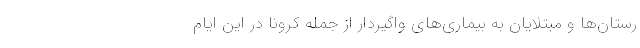
رستان‌ها و مبتلایان به بیماری‌های واگیردار از جمله کرونا در این ایام